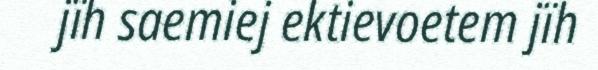
jïh saemiej ektievoetem jïh